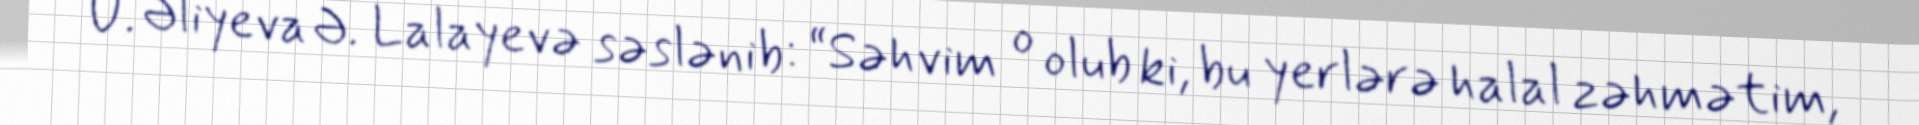
Ü. Əliyeva Ə. Lalayevə səslənib: “Səhvim o olub ki, bu yerlərə halal zəhmətim,